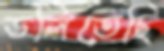
ডলিতেছি